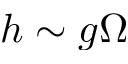
h \sim g \Omega